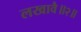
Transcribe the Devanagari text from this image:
लखावै॥२॥